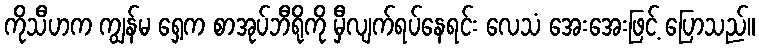
ကိုသီဟက ကျွန်မ ရှေ့က စာအုပ်ဘီရိုကို မှီလျက်ရပ်နေရင်း လေသံ အေးအေးဖြင့် ပြောသည်။